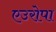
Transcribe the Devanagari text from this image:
एउरोपा